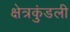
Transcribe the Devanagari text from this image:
क्षेत्रकुंडली